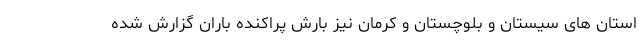
استان های سیستان و بلوچستان و کرمان نیز بارش پراکنده باران گزارش شده